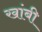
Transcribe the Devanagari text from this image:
खांबी